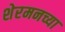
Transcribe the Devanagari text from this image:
शेरमनच्या